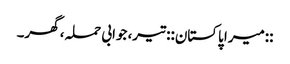
::میرا پاکستان:: تیر، جوابی حملہ، گھر۔